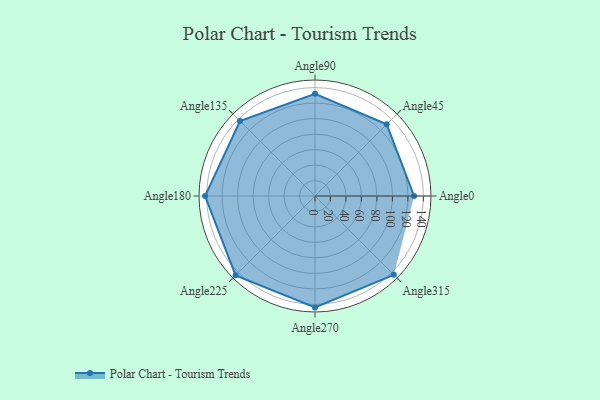
{"axis": {"x": "Angle", "y": "Radius"}, "legend": [""], "data": [{"x": "Angle0", "y": 128.0, "type": ""}, {"x": "Angle45", "y": 131.0, "type": ""}, {"x": "Angle90", "y": 132.0, "type": ""}, {"x": "Angle135", "y": 137.0, "type": ""}, {"x": "Angle180", "y": 142.0, "type": ""}, {"x": "Angle225", "y": 145.0, "type": ""}, {"x": "Angle270", "y": 144.0, "type": ""}, {"x": "Angle315", "y": 144.0, "type": ""}]}